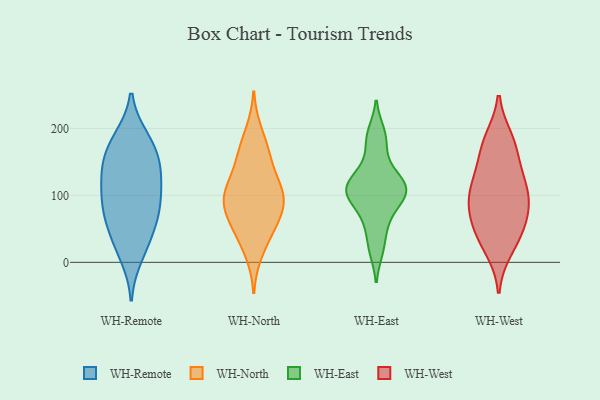
{"axis": {"x": "Latency (ms)", "y": "Value"}, "legend": ["WH-East", "WH-North", "WH-Remote", "WH-West"], "data": [{"x": "", "y": 164, "type": "WH-Remote"}, {"x": "", "y": 124, "type": "WH-Remote"}, {"x": "", "y": 65, "type": "WH-Remote"}, {"x": "", "y": 165, "type": "WH-Remote"}, {"x": "", "y": 183, "type": "WH-Remote"}, {"x": "", "y": 139, "type": "WH-Remote"}, {"x": "", "y": 83, "type": "WH-Remote"}, {"x": "", "y": 126, "type": "WH-Remote"}, {"x": "", "y": 133, "type": "WH-Remote"}, {"x": "", "y": 10, "type": "WH-Remote"}, {"x": "", "y": 71, "type": "WH-Remote"}, {"x": "", "y": 185, "type": "WH-Remote"}, {"x": "", "y": 38, "type": "WH-Remote"}, {"x": "", "y": 29, "type": "WH-Remote"}, {"x": "", "y": 93, "type": "WH-Remote"}, {"x": "", "y": 87, "type": "WH-Remote"}, {"x": "", "y": 109, "type": "WH-North"}, {"x": "", "y": 56, "type": "WH-North"}, {"x": "", "y": 80, "type": "WH-North"}, {"x": "", "y": 146, "type": "WH-North"}, {"x": "", "y": 92, "type": "WH-North"}, {"x": "", "y": 15, "type": "WH-North"}, {"x": "", "y": 101, "type": "WH-North"}, {"x": "", "y": 159, "type": "WH-North"}, {"x": "", "y": 166, "type": "WH-North"}, {"x": "", "y": 107, "type": "WH-North"}, {"x": "", "y": 109, "type": "WH-North"}, {"x": "", "y": 41, "type": "WH-North"}, {"x": "", "y": 58, "type": "WH-North"}, {"x": "", "y": 81, "type": "WH-North"}, {"x": "", "y": 194, "type": "WH-North"}, {"x": "", "y": 102, "type": "WH-East"}, {"x": "", "y": 48, "type": "WH-East"}, {"x": "", "y": 141, "type": "WH-East"}, {"x": "", "y": 73, "type": "WH-East"}, {"x": "", "y": 92, "type": "WH-East"}, {"x": "", "y": 195, "type": "WH-East"}, {"x": "", "y": 119, "type": "WH-East"}, {"x": "", "y": 109, "type": "WH-East"}, {"x": "", "y": 104, "type": "WH-East"}, {"x": "", "y": 176, "type": "WH-East"}, {"x": "", "y": 121, "type": "WH-East"}, {"x": "", "y": 17, "type": "WH-East"}, {"x": "", "y": 183, "type": "WH-West"}, {"x": "", "y": 74, "type": "WH-West"}, {"x": "", "y": 38, "type": "WH-West"}, {"x": "", "y": 114, "type": "WH-West"}, {"x": "", "y": 72, "type": "WH-West"}, {"x": "", "y": 169, "type": "WH-West"}, {"x": "", "y": 138, "type": "WH-West"}, {"x": "", "y": 65, "type": "WH-West"}, {"x": "", "y": 104, "type": "WH-West"}, {"x": "", "y": 176, "type": "WH-West"}, {"x": "", "y": 102, "type": "WH-West"}, {"x": "", "y": 40, "type": "WH-West"}, {"x": "", "y": 109, "type": "WH-West"}, {"x": "", "y": 20, "type": "WH-West"}]}